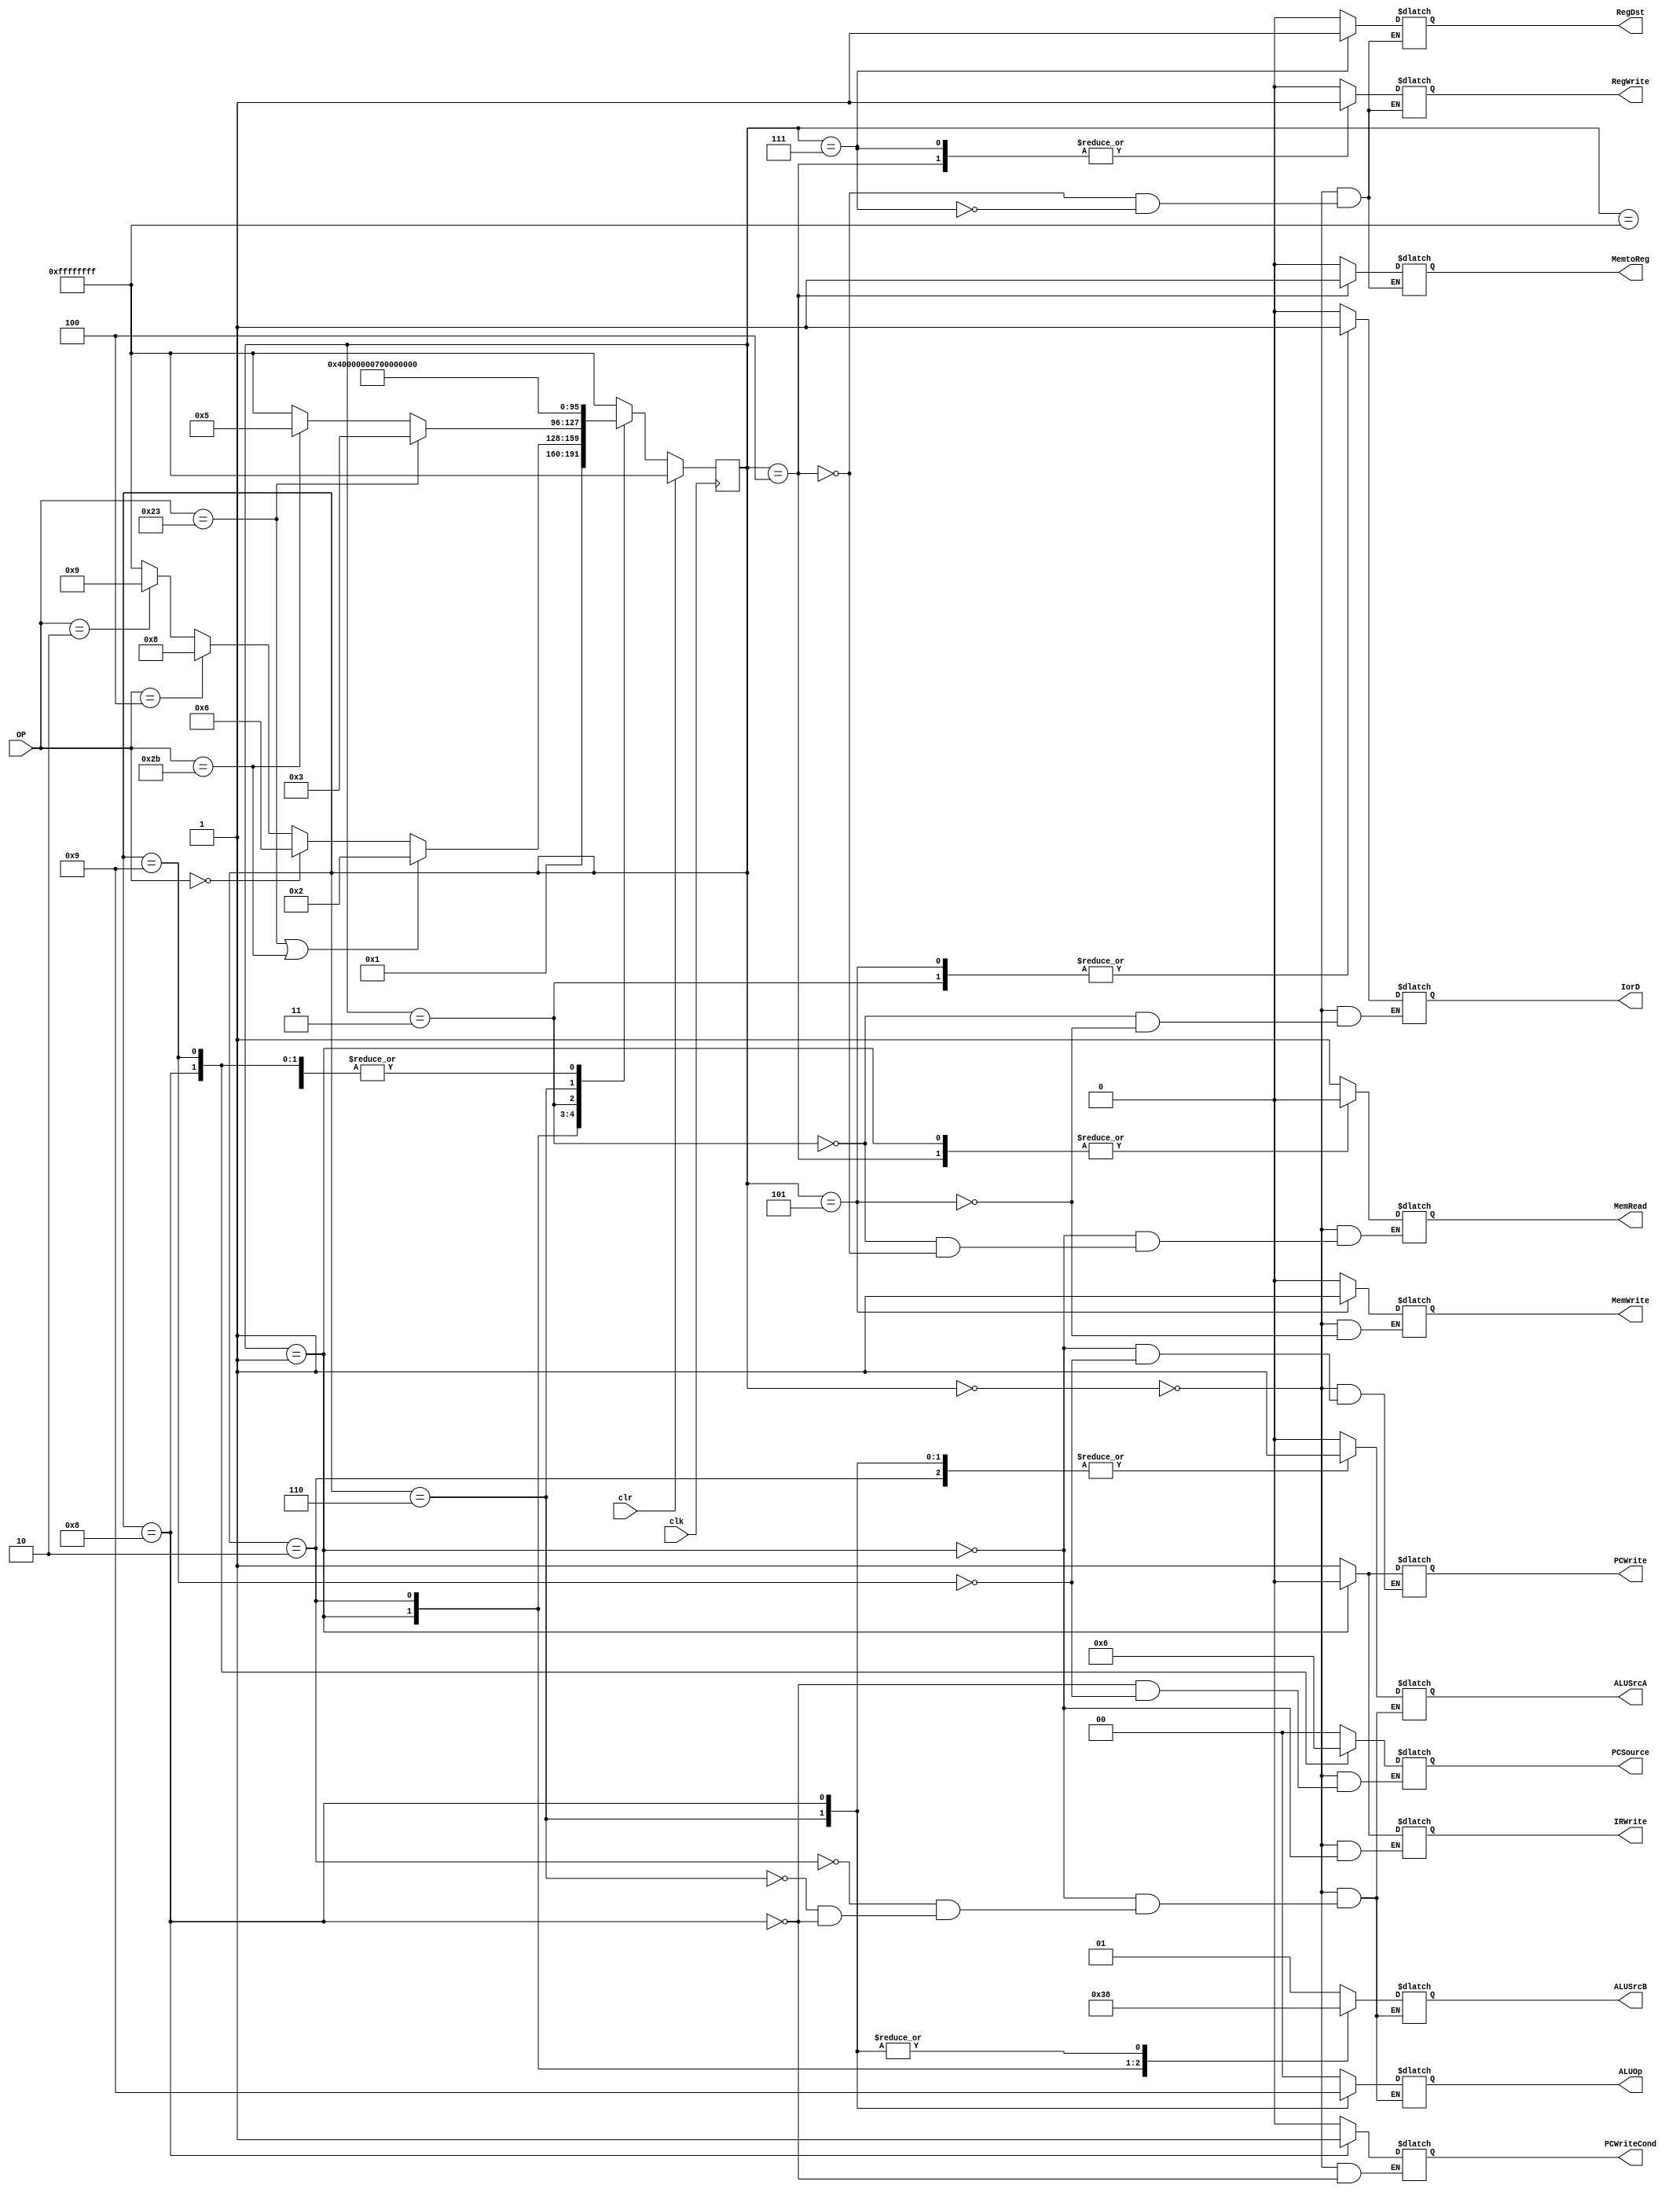
// main control unit thant gets 
module mcu(clk, clr, OP, PCWriteCond, PCWrite, IorD, MemRead, MemWrite, MemtoReg, IRWrite, PCSource, ALUOp, ALUSrcB, ALUSrcA, RegWrite, RegDst);
input clk, clr;
input [5:0] OP;
output PCWriteCond, PCWrite, IorD, MemRead, MemWrite, MemtoReg, IRWrite, ALUSrcA, RegWrite, RegDst;
reg PCWriteCond, PCWrite, IorD, MemRead, MemWrite, MemtoReg, IRWrite, ALUSrcA, RegWrite, RegDst;
output [1:0] PCSource, ALUOp, ALUSrcB;
reg [1:0] PCSource, ALUOp, ALUSrcB;
 
integer current_state;
integer next_state;

always @(current_state) /* whenever current_state is changed */
begin
   case(current_state)
   0: /* current_state 0 */
   begin
     MemWrite=0;
     IorD=0;
     MemRead=1;
     IRWrite=1;
     ALUSrcA=0;
     ALUSrcB=2'b01;
     ALUOp=2'b00;
     PCSource=2'b00;
     PCWrite=1;
     PCWriteCond=0;
     RegWrite=0;
     MemtoReg=0;
     RegDst=0;
   end
/* new code start */

   1: /* current_state 1 */
   begin
     MemRead=0;
     ALUSrcA=0;
     IRWrite=0;
     ALUSrcB=2'b11;
     ALUOp=2'b00;
     PCWrite=0;
   end

   2: /* current_state 2, OP="LW" or "SW" */
   begin
     ALUSrcA=1;
     ALUSrcB=2'b10;
     ALUOp=2'b00;
   end

   3: /* current_state 3, OP="LW" */
   begin
     MemRead=1;
     IorD=1;
   end

   4: /* current_state 4 */
   begin
     MemRead=0;
     MemtoReg=1;
     RegWrite=1;
     RegDst=0;
   end

   5: /* current_state 5, OP="SW" */
   begin
     IorD=1;
     MemWrite=1;
   end

   6: /* current_state 6, OP="R-Type" */
   begin
     ALUSrcA=1;
     ALUSrcB=2'b00;
     ALUOp=2'b10;
   end

   7: /* current_state 7 */
   begin
     MemtoReg=0;
     RegWrite=1;
     RegDst=1;
   end

   8: /*current_state 8, OP="BEQ" */
   begin
     ALUSrcA=1;
     ALUSrcB=2'b00;
     ALUOp=2'b01;
     PCSource=2'b01;
     PCWriteCond=1;
   end

   9: /* current_state 9, OP="J" */
   begin
     PCWrite=1;
     PCSource=2'b10;
   end
  
/* new code end */
   
   endcase
end

always @(posedge clk) /* whenever clock is positive edge */
begin
   //if (clr == 1'b0)
   if (clr == 1'b1)
      current_state = -1;
   else
      current_state = next_state;
end

always @(current_state or OP) /* whenever current_state or OP is changed */
begin
   next_state = -1; /* start */
   case (current_state)
   -1: /* default */
     next_state = 0;
   
   0:  /* current_state 0 */
     next_state = 1; /* next_state is 1 */

/* new code start */

   1: /* current_state 1 */
   begin
     if(OP==35||OP==43) next_state=2; /* if OP=="LW" or "SW", next_state is 2 */
     else if(OP==0) next_state=6; /* if OP=="R-Type", next_state is 6 */
     else if(OP==4) next_state=8; /* if OP=="BEQ", next_state is 8 */
     else if(OP==2) next_state=9; /* if OP=="J", next_state is 9 */
     else next_state=-1; /* default */
   end

   2: /* current_state 2 */
   begin
     if(OP==35) next_state=3; /* if OP=="LW", next_state is 3 */
     else if(OP==43) next_state=5; /* if OP=="SW", next_state is 5 */
     else next_state=-1; /* default */
   end

   3: /* current_state 3 */
     next_state=4; /* next_state is 4 */

   4: /* current_state 4 */
     next_state=0; /* next_state is 0 */

   5: /* current_state 5 */
     next_state=0; /* next_state is 0 */

   6: /* current_state 6 */
     next_state=7; /* next_state is 7 */

   7: /* current_state 7 */
     next_state=0; /* next_state is 0 */

   8: /* current_state 8 */
     next_state=0; /* next_state is 0 */

   9: /* current_state 9 */
     next_state=0; /* next_state is 0 */

/* new code end */

   default:
      next_state = -1;
   endcase
   
end

endmodule

module acu(funct, ALUOp, ALUcontrol);
input [5:0] funct;
input [1:0] ALUOp;
output [2:0] ALUcontrol;

reg [2:0] ALUcontrol;

always @(funct or ALUOp) /* whenever funct or ALUOp is changed */
begin
  case(ALUOp)
    2'b00: ALUcontrol = 3'b010; /* LW or SW */
/* new code start */
    2'b01: ALUcontrol = 3'b110; /* BEQ */
    2'b10: 
	case(funct[5:0])
	  6'b100000: ALUcontrol = 3'b010; /* ADD */
	  6'b100010: ALUcontrol = 3'b110; /* SUB */
	  6'b100100: ALUcontrol = 3'b000; /* AND */
	  6'b100101: ALUcontrol = 3'b001; /* OR */
	  6'b101010: ALUcontrol = 3'b111; /* SLT */
	endcase
    2'b11: 
	case(funct[5:0])
	  6'b100000: ALUcontrol = 3'b010; /* ADD */
	  6'b100010: ALUcontrol = 3'b110; /* SUB */
	  6'b100100: ALUcontrol = 3'b000; /* AND */
	  6'b100101: ALUcontrol = 3'b001; /* OR */
	  6'b101010: ALUcontrol = 3'b111; /* SLT */
	endcase

/* new code end */
  
  endcase
end

endmodule